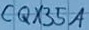
Text: CQX35A